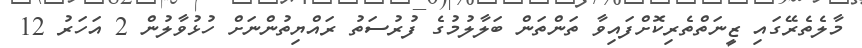
މާލެތެރޭގައި ޒީނަތްތެރިކޮށްފައިވާ ތަންތަން ބަލާލުމުގެ ފުރުސަތު ރައްޔިތުންނަށް ހުޅުވާލުން 2 އަހަރު 12